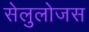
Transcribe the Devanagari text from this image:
सेलुलोजस